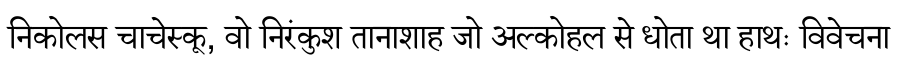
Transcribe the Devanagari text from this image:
निकोलस चाचेस्कू, वो निरंकुश तानाशाह जो अल्कोहल से धोता था हाथः विवेचना